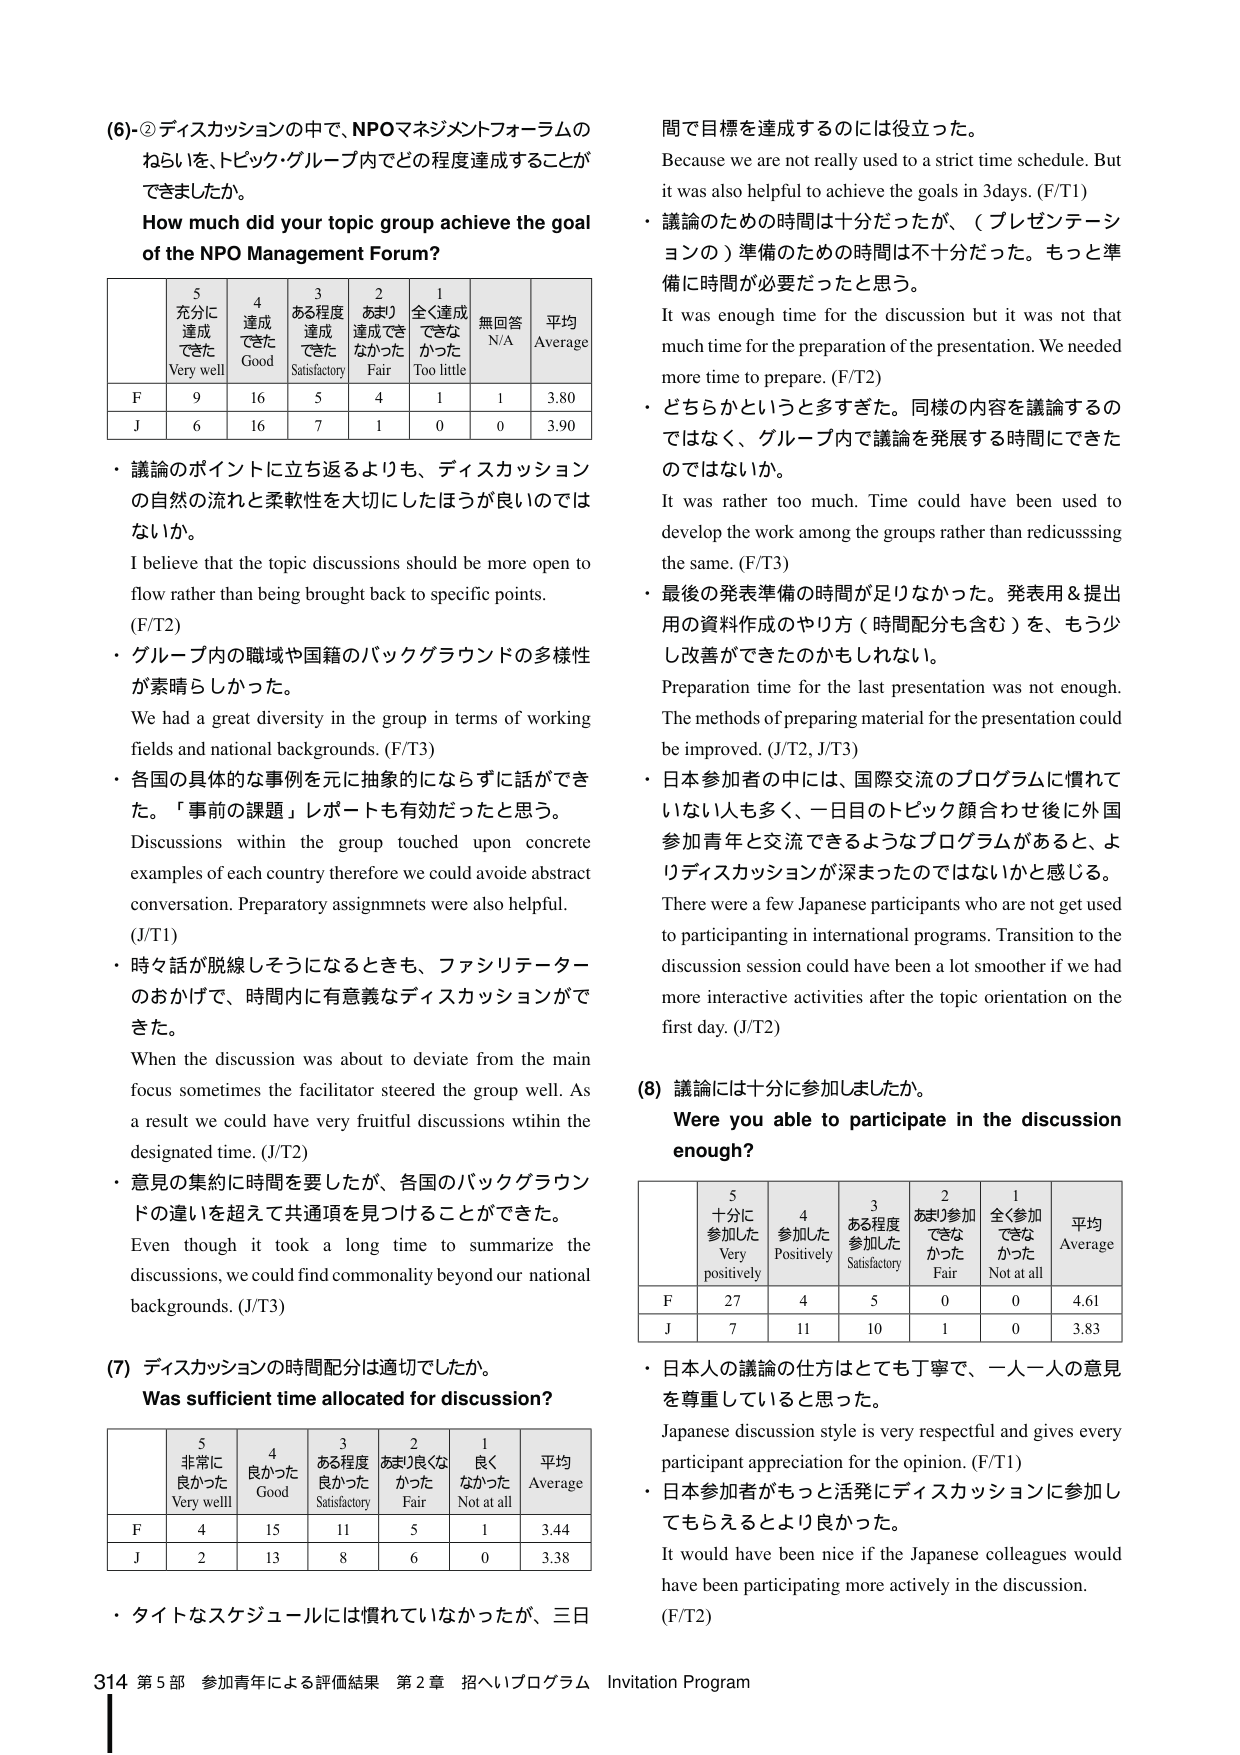
(6)-② ディスカッションの中で、NPOマネジメントフォーラムのねらいを、トピック・グループ内でどの程度達成することができましたか。

How much did your topic group achieve the goal of the NPO Management Forum?

| 5 充分に達成できた Very well | 4 達成できた Good | 3 ある程度達成できた Satisfactory | 2 あまり達成できなかった Fair | 1 全く達成できなかった Too little | 無回答 N/A | 平均 Average |
|------------------------------|------------------|----------------------------------|-------------------------------|----------------------------------|------------|--------------|
| F                            | 9                | 16                               | 5                             | 4                                | 1          | 3.80         |
| J                            | 6                | 16                               | 7                             | 1                                | 0          | 3.90         |

・ 議論のポイントに立ち返るよりも、ディスカッションの自然の流れと柔軟性を大切にしたほうが良いのではないか。
I believe that the topic discussions should be more open to flow rather than being brought back to specific points. (F/T2)

・ グループ内の職域や国籍のバックグラウンドの多様性が素晴らしいかった。
We had a great diversity in the group in terms of working fields and national backgrounds. (F/T3)

・ 各国の具体的な事例を元に抽象的にならずに話ができた。「事前の課題」レポートも有効だったと思う。
Discussions within the group touched upon concrete examples of each country therefore we could avoid abstract conversation. Preparatory assignments were also helpful. (J/T1)

・ 時々話が脱線しそうになるときも、ファシリテーターのおかげで、時間内に有意義なディスカッションができた。
When the discussion was about to deviate from the main focus sometimes the facilitator steered the group well. As a result we could have very fruitful discussions within the designated time. (J/T2)

・ 意見の集約に時間を要したが、各国のバックグラウンドの違いを超えて共通項を見つけることができた。
Even though it took a long time to summarize the discussions, we could find commonality beyond our national backgrounds. (J/T3)

(7) ディスカッションの時間配分は適切でしたか。
Was sufficient time allocated for discussion?

| 5 非常に良かった Very well | 4 良かった Good | 3 ある程度良かった Satisfactory | 2 あまり良くなかった Fair | 1 良くなかった Not at all | 平均 Average |
|----------------------------|----------------|--------------------------------|---------------------------|--------------------------|--------------|
| F                          | 4              | 15                             | 11                        | 5                        | 1            | 3.44         |
| J                          | 2              | 13                             | 8                         | 6                        | 0            | 3.38         |

・ タイトなスケジュールには慣れていなかったが、三日間で目標を達成するのには役立った。
Because we are not really used to a strict time schedule. But it was also helpful to achieve the goals in 3 days. (F/T1)

・ 議論のための時間は十分だったが、（プレゼンテーションの）準備のための時間は不十分だった。もっと準備に時間が必要だったと思う。
It was enough time for the discussion but it was not that much time for the preparation of the presentation. We needed more time to prepare. (F/T2)

・ どちらかというと多すぎた。同様の内容を議論するのではなく、グループ内で議論を発展する時間はできたのではないか。
It was rather too much. Time could have been used to develop the work among the groups rather than rediscussing the same. (F/T3)

・ 最後の発表準備の時間が足りなかった。発表用＆提出用の資料作成のやり方（時間配分も含む）を、もう少し改善ができたのかもしれない。
Preparation time for the last presentation was not enough. The methods of preparing material for the presentation could be improved. (J/T2, J/T3)

・ 日本参加者の中には、国際交流のプログラムに慣れていない人も多く、一日目のトピック顔合わせ後に外国参加青年と交流できるようなプログラムがあると、よりディスカッションが深まったのではないかと感じる。
There were a few Japanese participants who are not get used to participating in international programs. Transition to the discussion session could have been a lot smoother if we had more interactive activities after the topic orientation on the first day. (J/T2)

(8) 議論には十分に参加しましたか。
Were you able to participate in the discussion enough?

| 5 十分に参加した Very positively | 4 参加した Positively | 3 ある程度参加した Satisfactory | 2 あまり参加できなかった Fair | 1 全く参加できなかった Not at all | 平均 Average |
|----------------------------------|----------------------|----------------------------------|-------------------------------|----------------------------------|--------------|
| F                                | 27                   | 4                                | 5                             | 0                                | 0            | 4.61         |
| J                                | 7                    | 11                               | 10                            | 1                                | 0            | 3.83         |

・ 日本人の議論の仕方はとても丁寧で、一人一人の意見を尊重していると思った。
Japanese discussion style is very respectful and gives every participant appreciation for the opinion. (F/T1)

・ 日本参加者がもっと活発にディスカッションに参加してもらえるとより良かった。
It would have been nice if the Japanese colleagues would have been participating more actively in the discussion. (F/T2)

314 第5部 参加青年による評価結果 第2章 招へいプログラム Invitation Program